Lunatic asylums in Bengal annual reports 1888-1898 - 1888-1898
Year: 1888
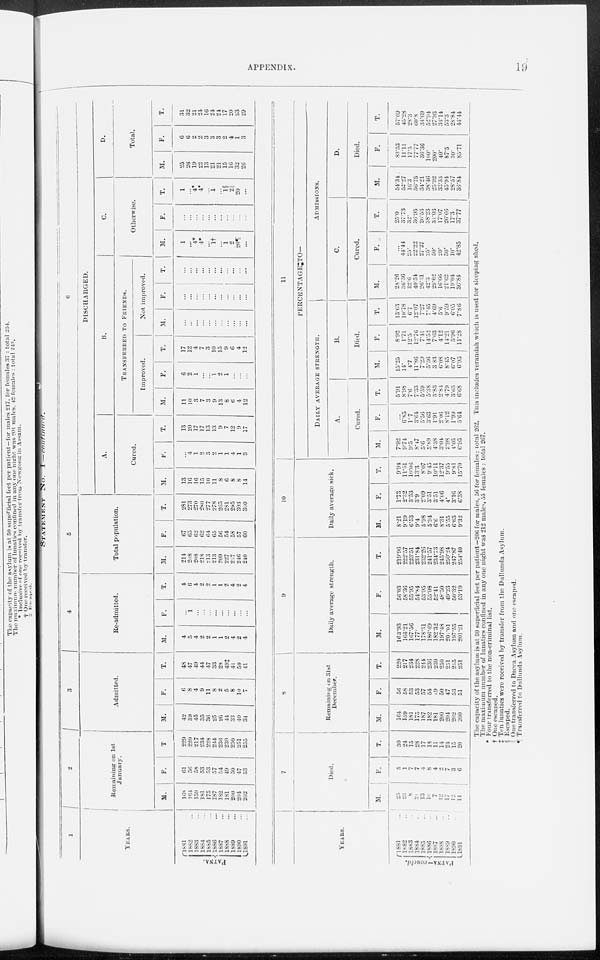
APPENDIX.
19
STATEMENT
No.
I—continued.
1
YEARS.
PATNA.
1881 ...
1882 ...
1883 ...
1884 ...
1885 ...
1886 ...
1887 ...
1888 ...
1889 ...
1890 ...
1891 ...
2
Remaining on 1st
January.
M.
168
164
159
181
175
187
182
181
200
204
202
F.
61
50
58
53
53
57
54
49
50
47
53
T.
229
220
217
234
228
244
236
230
250
251
255
3
Admitted.
M.
42
39
45
35
36
25
26
44
33
40
34
F.
6
8
4
9
11
8
2
5
8
10
7
T.
48
47
49
44
47
33
28
49‡
41
50
41
4
Re-admitted.
M.
4
5
4
2
2
1
1
2
4
2
4
F.
...
1
...
...
...
...
...
...
...
...
...
T.
4
6
4
2
2
1
1
2
4
2
4
5
Total population.
M.
214
208
208
218
213
213
209
227
237
246
240
F.
67
65
62
62
64
65
56
54
58
57
60
T.
281
273
270
280
277
278
265
281
295
303
300
6
DISCHARGED.
A.
Cured.
M.
13
16
16
15
10
11
8
6
8
8
14
F.
...
4
1
2
3
2
1
1
4
1
3
T.
13
20
17
17
13
13
9
7
12
9
17
B.
TRANSFERRED TO FRIENDS.
Improved.
M.
11
10
3
7
3
9
13
8
6
4
12
F.
6
2
1
...
...
1
2
1
...
...
...
T.
17
12
4
7
3
10
15
9
6
4
12
Not improved.
M.
...
...
...
...
...
...
...
...
...
...
...
F.
...
...
...
...
...
...
...
...
...
...
...
T.
...
...
...
...
...
...
...
...
...
...
...
C.
Otherwise.
M.
1
...
4*
4*
...
1†
...
1
2
20
...
F.
...
...
...
...
...
...
...
...
...
...
...
T.
1
...
4*
4*
...
1
...
1§
2||
20
...
D.
Total.
M.
25
26
19
22
13
21
21
15
16
32
26
F.
6
6
2
2
3
3
3
2
4
1
3
T.
31
32
21
24
16
24
24
17
20
33
29
YEARS.
PATNA—concld.
1881 ...
1882 ...
1883 ...
1884 ...
1885 ...
1886 ...
1887 ...
1888 ...
1889 ...
1890 ...
1891 ...
7
Died.
M.
25
23
8
21
13
10
7
12
17
12
14
F.
5
1
7
7
4
8
4
2
7
3
6
T.
30
24
15
28
17
18
11
14
24
15
20
8
Remaining on 31st
December.
M.
164
159
181
175
187
182
181
200
204
202
200
F.
56
58
53
53
57
54
49
50
47
53
51
T.
220
217
234
228
244
236
230
250
251
255
251
9
Daily average strength.
M.
163.93
164.21
167.56
177.
178.31
186.49
182.32
197.48
201.01
197.55
201.21
F.
56.03
58.36
55.95
54.84
53.95
55.08
52.4l
48.50
49.23
50.32
53.91
T.
219.96
222.57
223.51
231.84
232.26
241.57
234.73
245.98
250.24
247.87
254.40
10
Daily average sick.
M.
8.21
9.19
6.53
9.4
5.98
5.94
6.6
8.31
5.55
6.65
9.32
F.
1.73
2.32
3.53
3.9
2.09
3.51
3.51
4.06
4.
3.16
6.38
T.
9.94
11.51
10.06
13.3
8.07
9.45
10.11
12.37
9.55
9.81
15.70
11
PERCENTAGE TO¬
DAILY AVERAGE STRENGTH.
A.
Cured.
M.
7.92
9.74
9.5
8.47
5.6
5.89
4.38
3.04
3.98
4.05
6.95
F.
...
6.85
1.7
3.64
5.56
3.63
1.91
2.06
8.12
1.99
5.64
T.
5.91
8.98
7.6
7.33
5.59
5.38
3.83
2.84
4.79
3.63
6.68
B.
Died.
M.
15.25
14.
4.7
11.86
7.29
5.36
3.83
6.08
8.45
6.07
6.95
F.
8.92
1.71
12.5
12.76
7.41
14.52
7.63
4.12
14.21
5.96
11.28
T.
13.63
10.78
6.7
12.07
7.27
7.45
4.69
5.0
9.59
6.05
7.86
ADMISSIONS.
C.
Cured.
M.
28.26
36.36
32.6
40.54
26.31
42.3
29.62
16.66
21.62
19.04
36.84
F.
...
44.44
25.
22.22
27.27
25.
50.
20.
50.
10.
42.85
T.
25.0
37.73
32.
36.95
26.53
38.23
31.03
17.07
26.66
17.3
37.77
D.
Died.
M.
54.34
52.27
16.3
56.75
34.21
38.46
25.92
33.33
45.94
28.57
36.84
F.
83.33
11.11
17.5
77.77
36.36
100.
200.
40.
87.5
30.
85.71
T.
57.69
45.28
28.3
60.8
34.69
52.94
27.93
34.14
53.3
28.84
44.44
The capacity of the asylum is at 50 superficial feet per patient— 206 for males, 50 for females : total 202. This includes verandah which is used for sleeping shed.
The. maximum number of lunatics confined in any one night was 212 males 55 females : total 207.
* Four transferred to the non-criminal list.
† One escaped.
‡ Ten lunatics were received by transfer from the Dullunda Asylum.
§ Escaped.
! One transferred to Dacca Asylum and one escaped.
¶ Transferred to Dullunda Asylum.